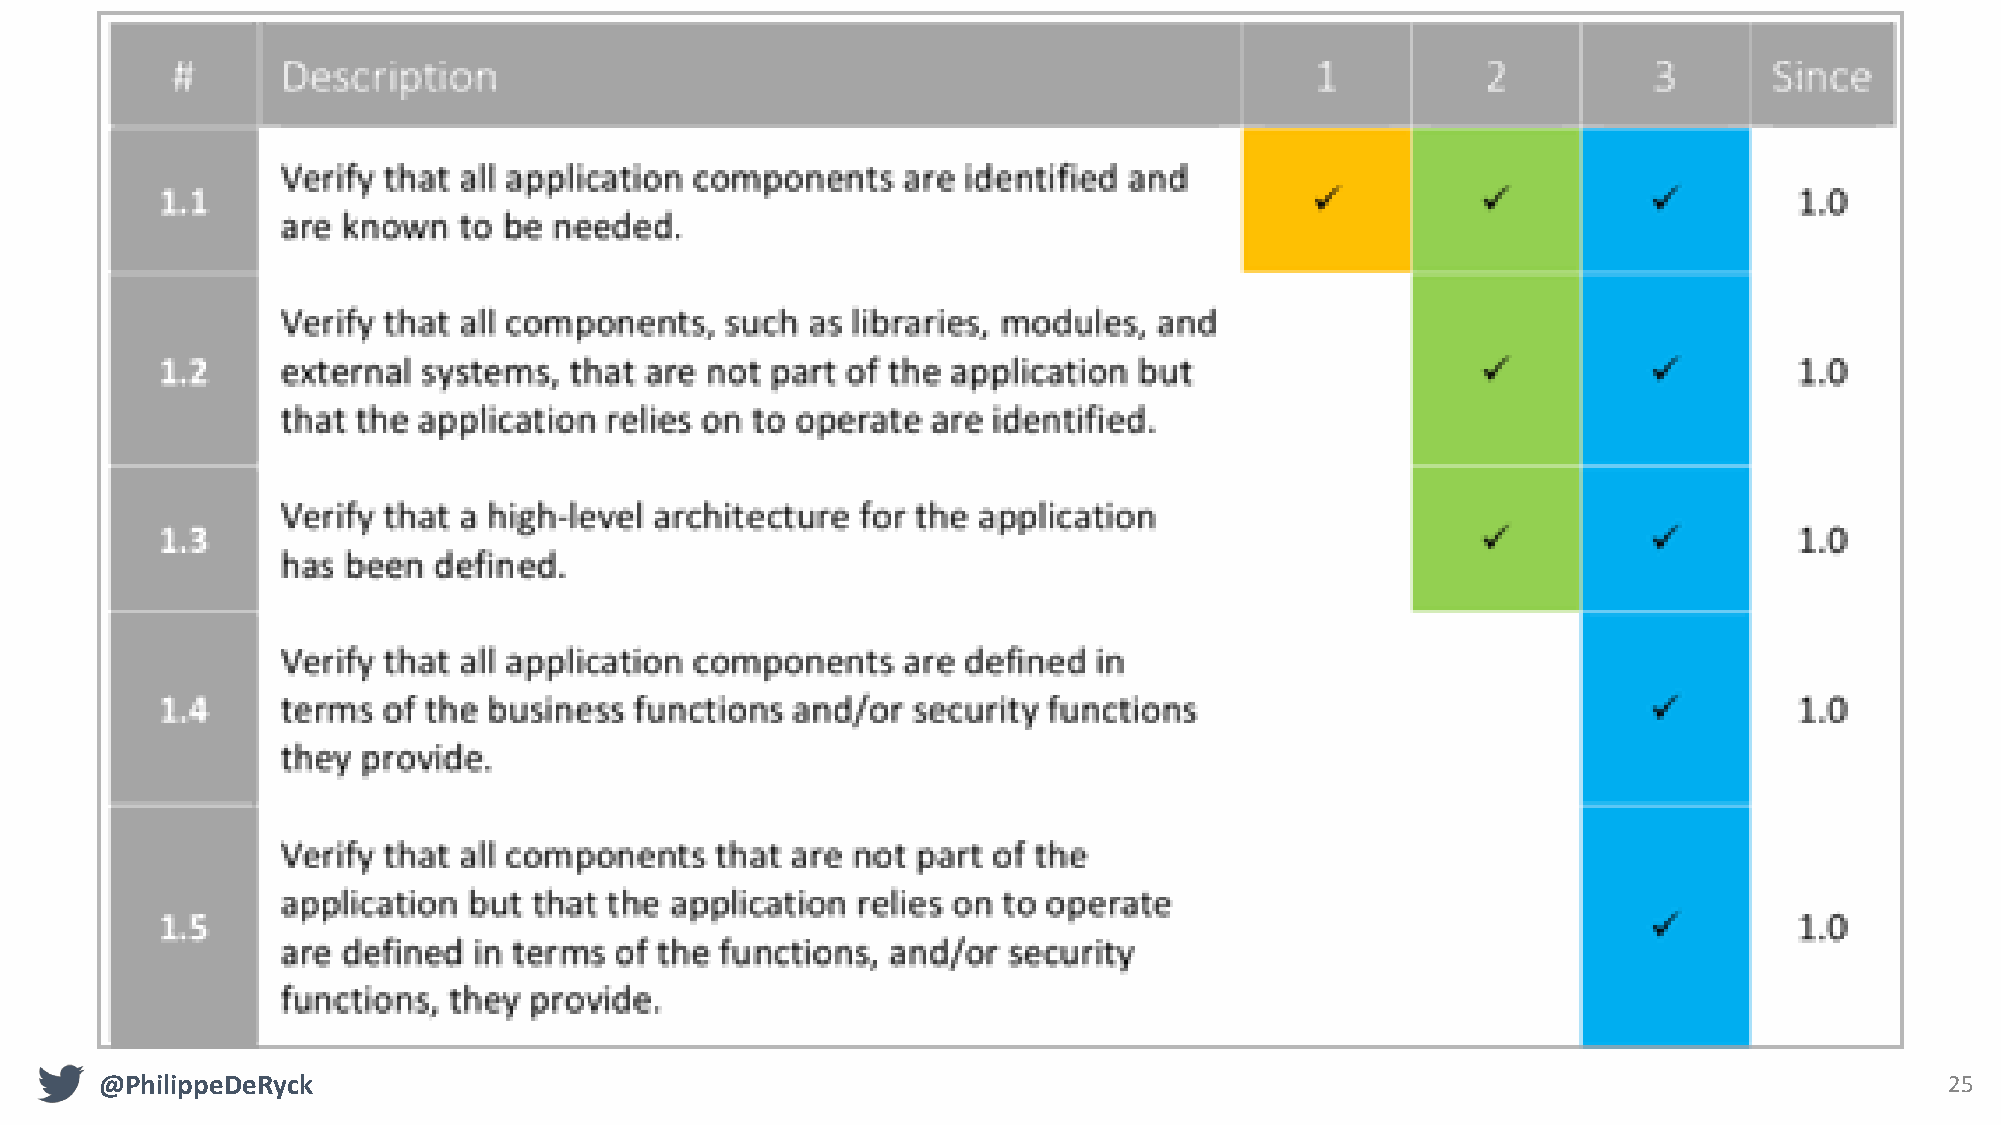
@PhilippeDeRyck                                                                                                           25